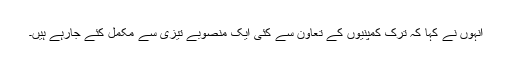
اُنہوں نے کہا کہ ترک کمپنیوں کے تعاون سے کئی ایک منصوبے تیزی سے مکمل کئے جارہے ہیں۔